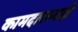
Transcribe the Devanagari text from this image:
कामदारानाही